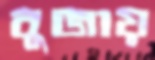
বুজায়